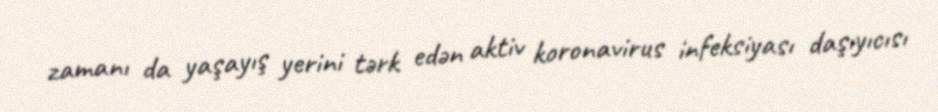
zamanı da yaşayış yerini tərk edən aktiv koronavirus infeksiyası daşıyıcısı